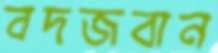
বদজবান